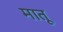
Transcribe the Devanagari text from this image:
मातू